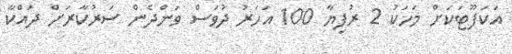
އަކަފޫޓަކަށް މަހަކު 2 ރުފިޔާ 100 އަހަރު ދުވަސް ވަންދެން ސަރުކާރަށް ދައްކާ